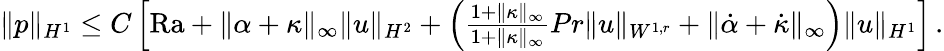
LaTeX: \begin{array}{r}{\| p\| _{H^{1}}\leq C\left[\mathrm{{Ra}}+\| \alpha+\kappa\| _{\infty}\| u\| _{H^{2}}+\left(\frac{1+\| \kappa\| _{\infty}}{1+\| \kappa\| _{\infty}}{{Pr}}\| u\| _{W^{1,r}}+\| \dot{\alpha}+\dot{\kappa}\| _{\infty}\right)\| u\| _{H^{1}}\right]\, .}\end{array}